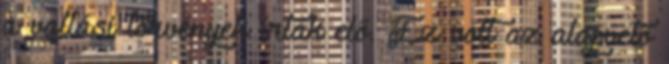
a vallási törvények írták elő. Ez volt az alapvető